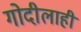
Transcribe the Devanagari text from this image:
गोदीलाही